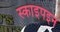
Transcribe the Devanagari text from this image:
स्काइपइन